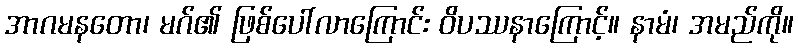
အာဂမနတော၊ မဂ်၏ ဖြစ်ပေါ်လာကြောင်း ဝိပဿနာကြောင့်။ နာမံ၊ အမည်ကို။